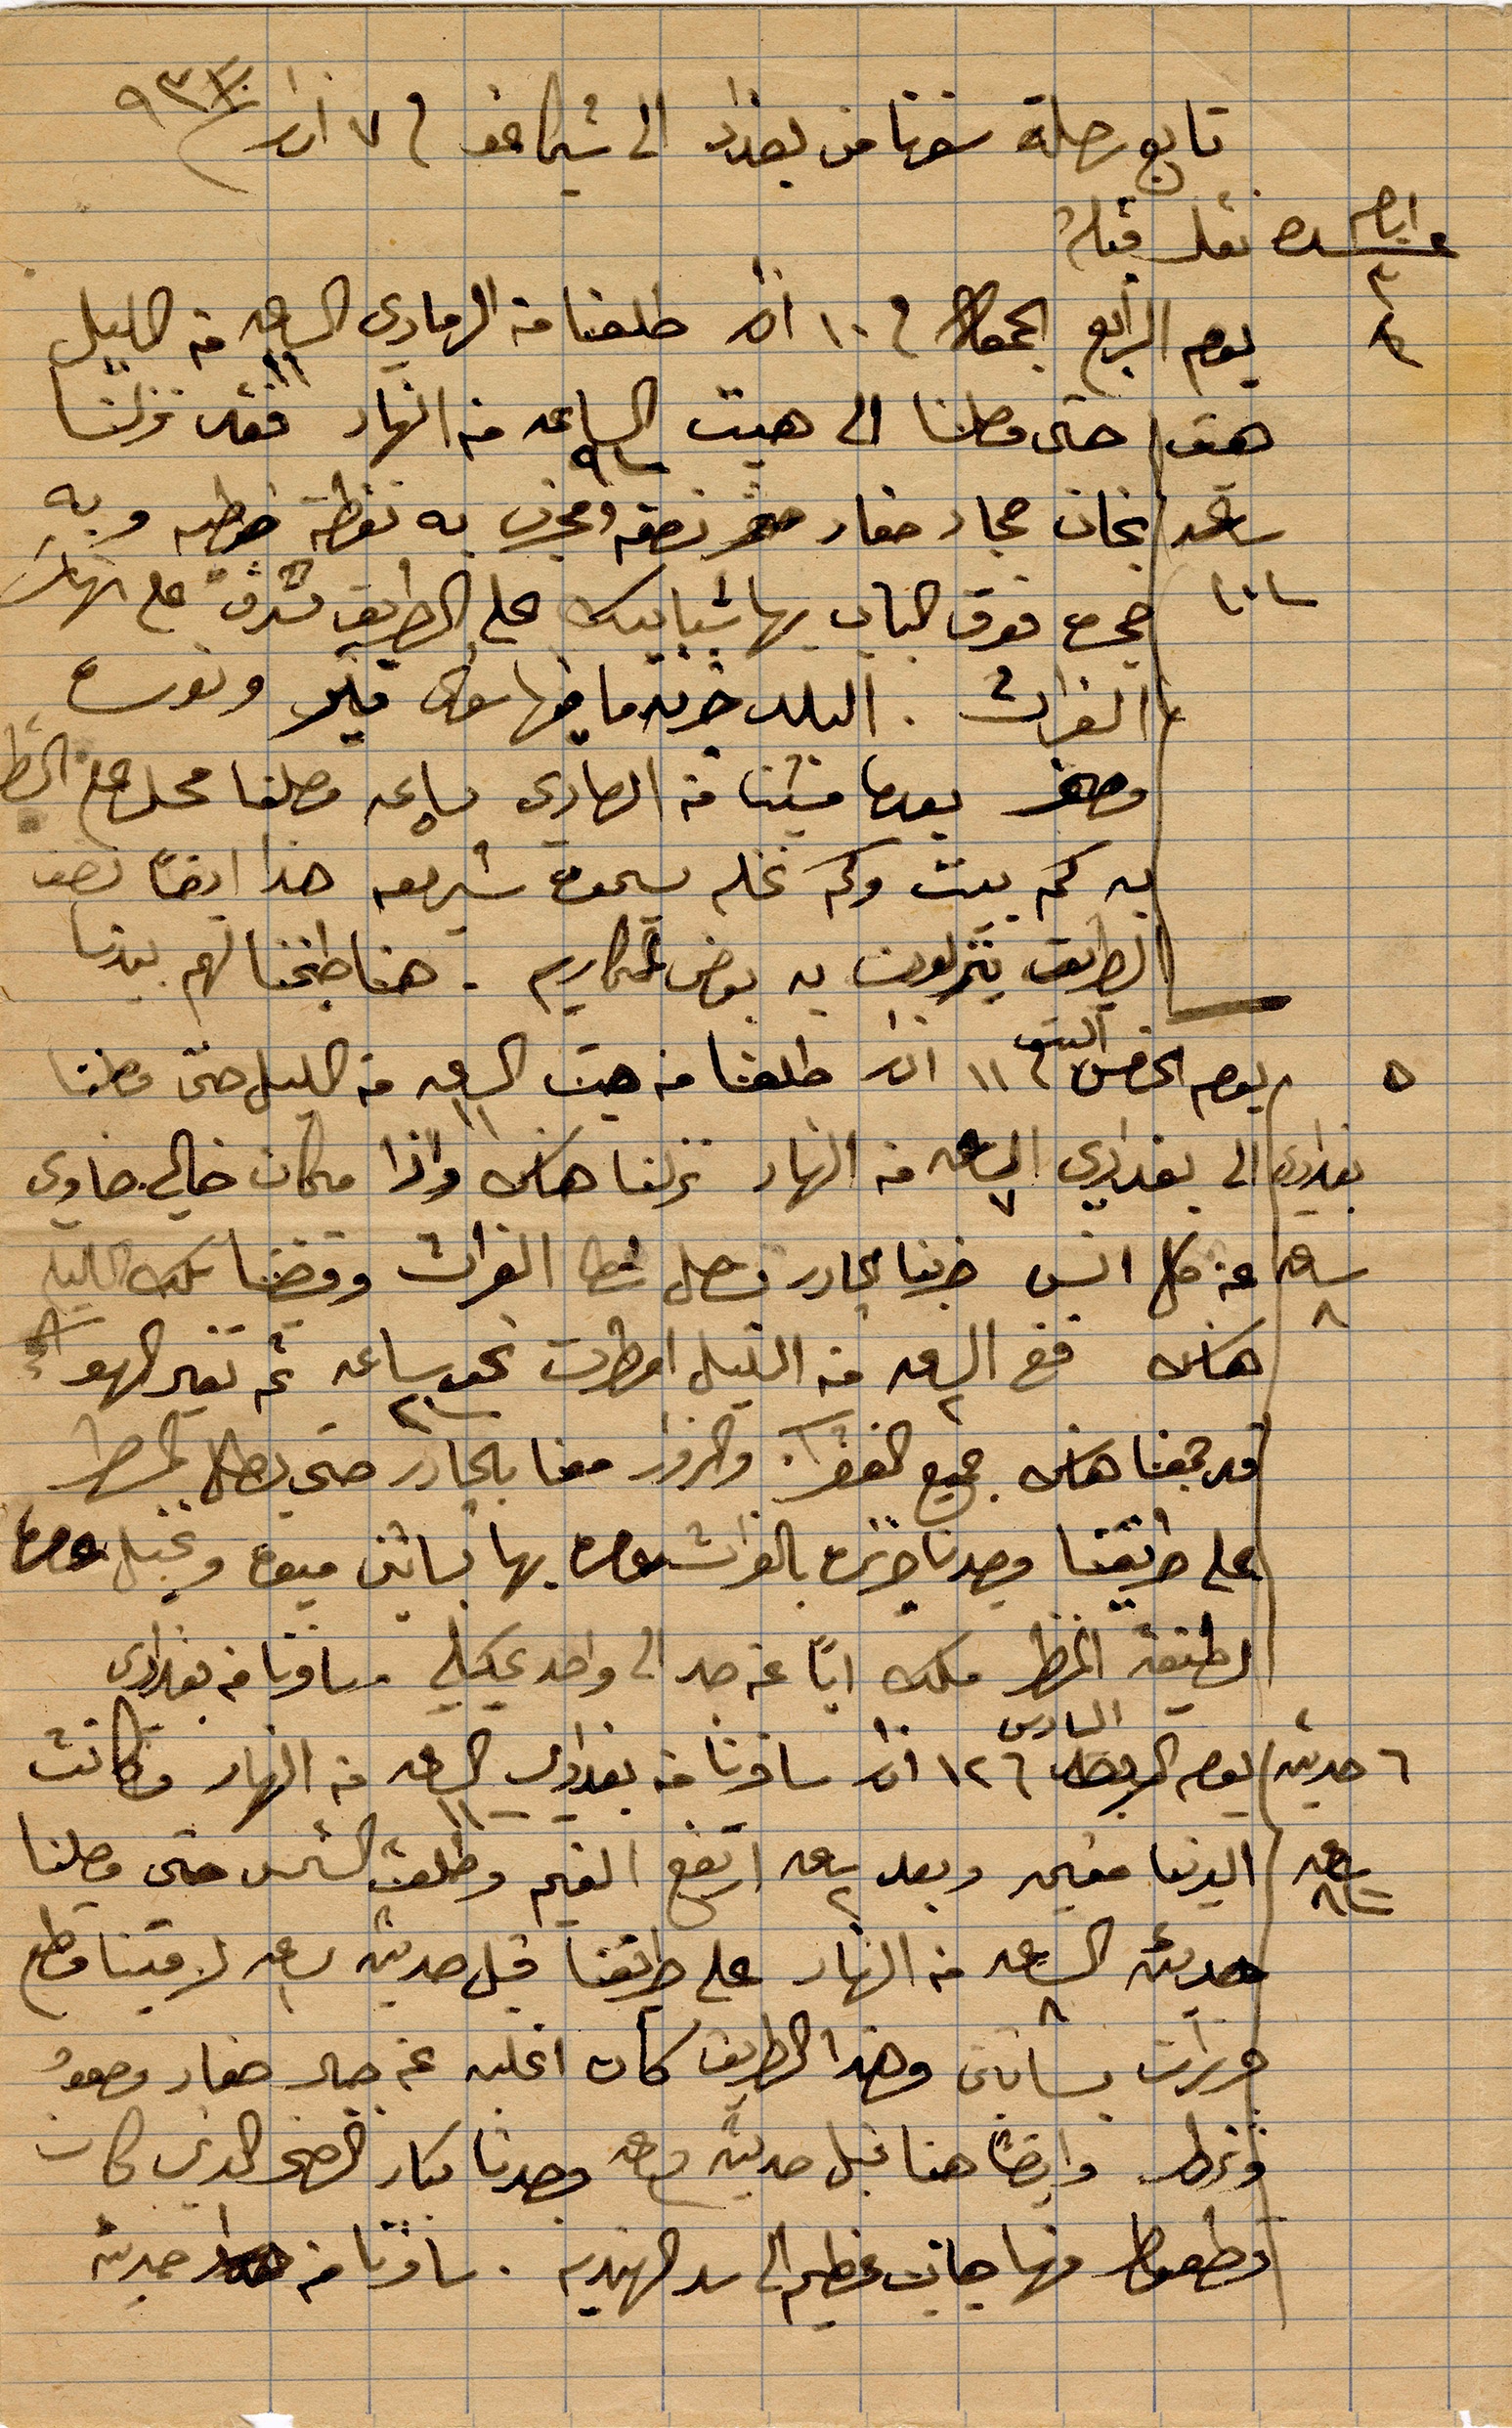
تابع رحلة سفرنا من بغداد الى شيكاغوا في ٧ آذار ١٩٣١
عشرة أيام نقل قبله
يوم الرابع الجمعة في ١٠ اذار طلقنا من الرمادي الساعة ١١ من الليل
هذا حتى وصلنا الى هيت الساعة ... من النهار فقد نزلنا
فيها بخان مجاد حفاد صخر نصفه ومجرى به نقطة ....وبه
حجرة فوق الباب بها شبابيك على الطريق ... على نهر
الفرات. البلد خدمة ما فيها سوى ....
وصف بعدما فشيئًا من الحادي بساعة وصلنا محل ...
به كم بيت وكم نخله يجده ... هذا ايضًأ نصف
الطريق ينزلون به بعض المحاريم. هنا طبخنا لهم بعدها
يوم الخميس ١١ آّار انطلقنا من هيت الساعة ١١ من الليل حتى وصلنا
بغداد الى بغدادي الساعة ٧ من النهار نزلنا هاس واذا مكان خالي خاوي
عن كل انس خبرنا ... نصل شط الفرات وقضينا كل الليل
هناك ففي الاساعة من الليل امطرت نحو ساعة ١٢ ثم تغير الهوى
قد جمعنا هاس جميع القرا والزوار معنا بالجادر حتى يطلع المطر
على طريقنا وجدنا ...بالفرات ...بها بساتين ...ونخل.. .
لطيفة المطر مكث ابًا عن جد الى واحد عليه وسافرنا من بغدادي
يوم السادس من آذار سافرنا من بغدادي الساعة ١١ من النهار فكانت
الدنيا ...وبعد ساعة ارتفع الخير وطلعت الشمس حتى وصلنا
حديثه الساعة ٨ من النهار على طريقنا قبل حديثه الساعة ١ لاقينا قطع
... بساتين وهذا الطريق كان اغلبه جبال صغار ...
... وايضًأ هنا قبل حديثه فصرنا ... كان
... منها جانب عظيم الى سد الهندية. سافرنا وحديثه